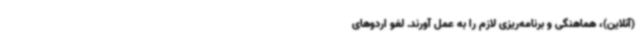
(آنلاین)، هماهنگی و برنامه‌ریزی لازم را به عمل آورند. لغو اردوهای